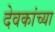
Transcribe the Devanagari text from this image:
देवकांच्या